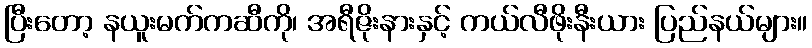
ပြီးတော့ နယူးမက်ကဆီကို၊ အရီဇိုးနားနှင့် ကယ်လီဖိုးနီးယား ပြည်နယ်များ။